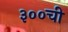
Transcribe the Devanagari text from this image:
३००ची